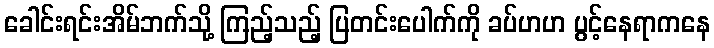
ခေါင်းရင်းအိမ်ဘက်သို့ ကြည့်သည့် ပြတင်းပေါက်ကို ခပ်ဟဟ ပွင့်နေရာကနေ